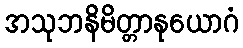
အသုဘနိမိတ္တာနုယောဂံ